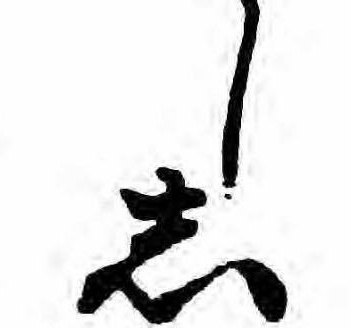
しし